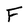
Character: F